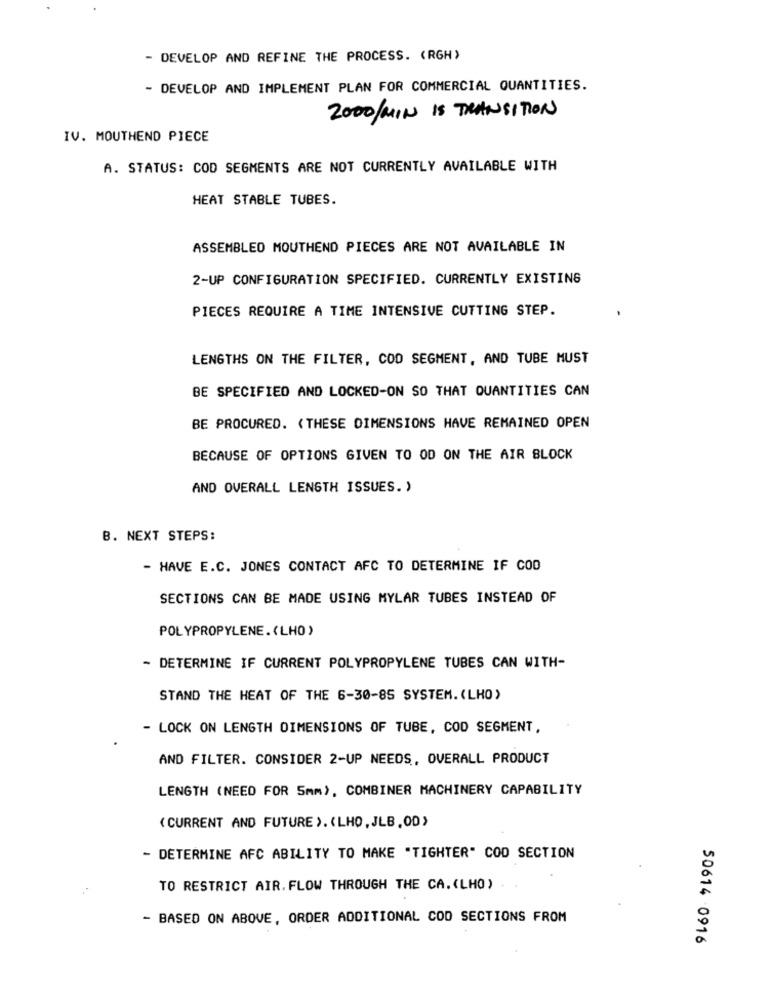
- DEVELOP AND REFINE THE PROCESS. (RGH)
- DEVELOP AND IMPLEMENT PLAN FOR COMMERCIAL QUANTITIES.
2000/MIN IS TRANSITION
IV. MOUTHEND PIECE
A. STATUS: COD SEGMENTS ARE NOT CURRENTLY AVAILABLE WITH
HEAT STABLE TUBES.
ASSEMBLED MOUTHEND PIECES ARE NOT AVAILABLE IN
2-UP CONFIGURATION SPECIFIED. CURRENTLY EXISTING
PIECES REQUIRE A TIME INTENSIVE CUTTING STEP.
LENGTHS ON THE FILTER, COD SEGMENT, AND TUBE MUST
BE SPECIFIED AND LOCKED-ON SO THAT QUANTITIES CAN
BE PROCURED. (THESE DIMENSIONS HAVE REMAINED OPEN
BECAUSE OF OPTIONS GIVEN TO OD ON THE AIR BLOCK
AND OVERALL LENGTH ISSUES. )
B. NEXT STEPS:
- HAVE E.C. JONES CONTACT AFC TO DETERMINE IF COD
SECTIONS CAN BE MADE USING MYLAR TUBES INSTEAD OF
POLYPROPYLENE.(LHO )
- DETERMINE IF CURRENT POLYPROPYLENE TUBES CAN WITH-
STAND THE HEAT OF THE 6-30-85 SYSTEM. (LHO)
- LOCK ON LENGTH DIMENSIONS OF TUBE, COD SEGMENT,
AND FILTER. CONSIDER 2-UP NEEDS, OVERALL PRODUCT
LENGTH (NEED FOR 5mm), COMBINER MACHINERY CAPABILITY
( CURRENT AND FUTURE ). (LHO, JLB.OD)
- DETERMINE AFC ABILITY TO MAKE "TIGHTER" COD SECTION
TO RESTRICT AIR.FLOW THROUGH THE CA.(LHO)
- BASED ON ABOVE, ORDER ADDITIONAL COD SECTIONS FROM
50614 -0916